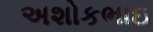
અશોકભાઇ